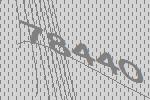
78440